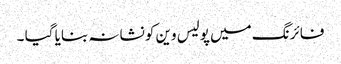
فائرنگ میں پولیس وین کو نشانہ بنایا گیا ۔